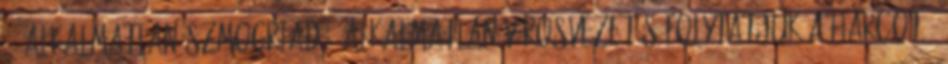
› ›Alkalmatlan szmogriadó, alkalmatlan városvezetés Folytatjuk a harcot -